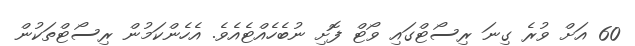
60 އަށް ވުރެ ގިނަ ރިސޯޓްގައި ވޯޓް ފޮށި ނުބެހެއްޓެއެވެ. އެހެންކަމުން ރިސޯޓްތަކުން